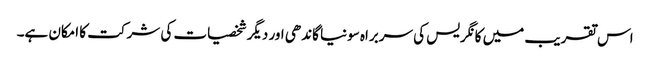
اس تقریب میں کانگریس کی سربراہ سونیا گاندھی اور دیگر شخصیات کی شرکت کا امکان ہے۔